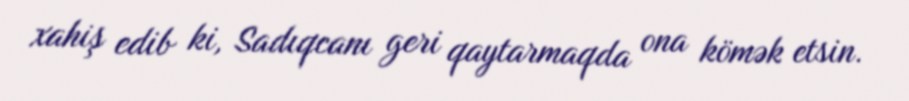
xahiş edib ki, Sadıqcanı geri qaytarmaqda ona kömək etsin.